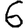
Digit: 6